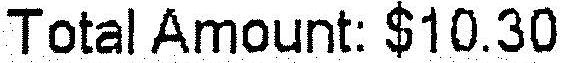
TOTAL AMOUNT: $10.30